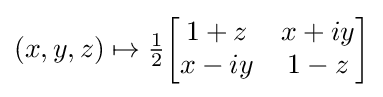
{\textstyle (x,y,z)\mapsto {\frac {1}{2}}{\begin{bmatrix}1+z&x+iy\\x-iy&1-z\end{bmatrix}}}